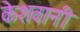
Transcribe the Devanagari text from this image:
केशवानी